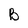
Character: B